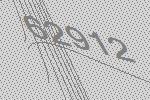
62912